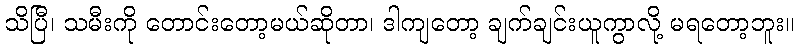
သိပြီ၊ သမီးကို တောင်းတော့မယ်ဆိုတာ၊ ဒါကျတော့ ချက်ချင်းယူကွာလို့ မရတော့ဘူး။